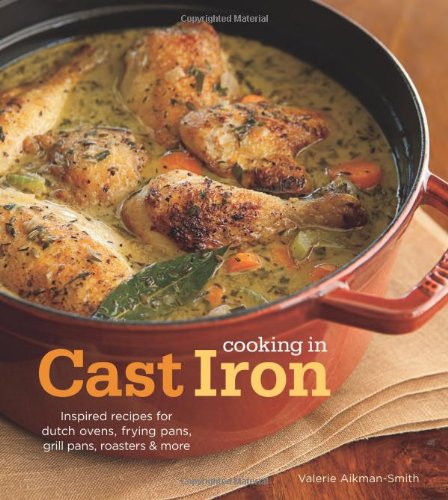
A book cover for Cooking in Cast Iron: Inspired Recipes for Dutch Ovens, Frying Pans, Grill Pans, Roaster,  and more; Valerie Aikman-Smith; Cookbooks, Food & Wine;